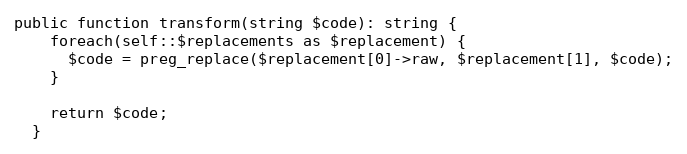
Language: PHP
public function transform(string $code): string {
    foreach(self::$replacements as $replacement) {
      $code = preg_replace($replacement[0]->raw, $replacement[1], $code);
    }

    return $code;
  }